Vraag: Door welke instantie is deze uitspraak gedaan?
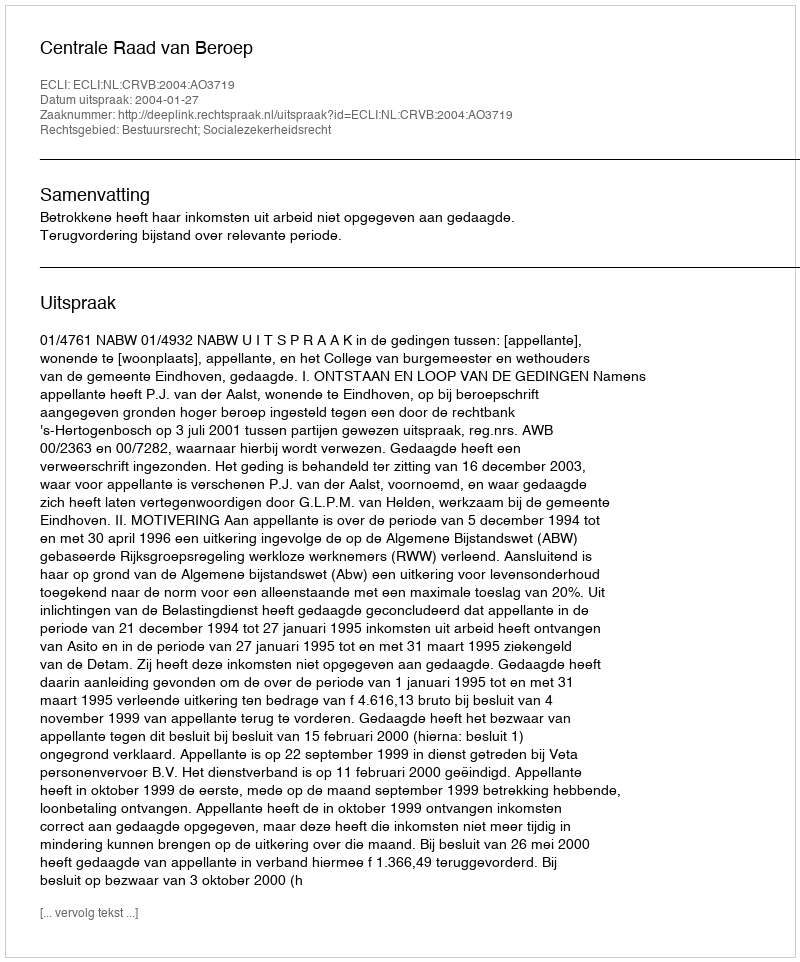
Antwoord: Centrale Raad van Beroep